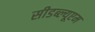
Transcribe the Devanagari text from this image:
सीडब्ल्यूएम